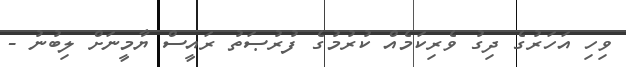
ވިހި އަހަރުގެ ދިގު ވެރިކަމެއް ކުރުމުގެ ފުރުޞަތު ރައީސް ޔާމީނަށް ލިބުނު -